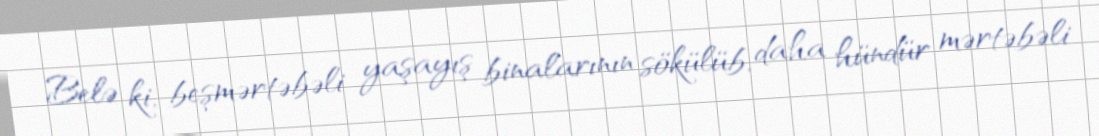
Belə ki, beşmərtəbəli yaşayış binalarının sökülüb, daha hündür mərtəbəli